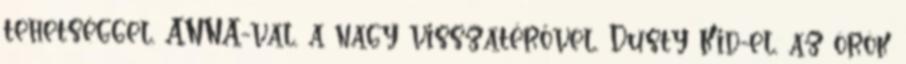
tehetséggel, ANNA-val, a nagy visszatérővel, Dusty Kid-el, az örök